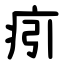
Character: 㽼